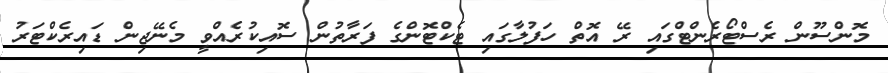
މޮންސޫން ރެސްޓޯރެންޓްގައި ރޭ އޮތް ހަފުލާގައި ޓެކްޓޮންގެ ފަރާތުން ސޮއިކުރެއްވީ މެނޭޖިން ޑައިރެކްޓަރު